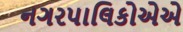
નગરપાલિકોએએ